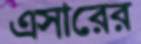
এসারের